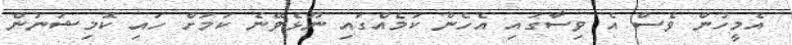
އެމީހުން ވެސް އެ ވިސާގައި އެހެން ކަމެއްގައި ނޫޅެވޭނެ ކަމަށް ހައި ކޮމިޝަނުން